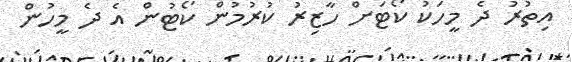
އިތުރު ދެ މީހަކު ކޯޓަށް ހާޒިރު ކުރުމުން ކޯޓުން އެ ދެ މީހުން